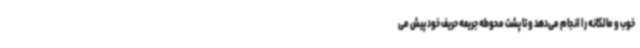
خوب و مالکانه را انجام می‌دهد و تا پشت محوطه جریمه حریف خود پیش می